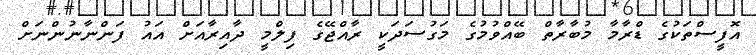
އޮފީސްތަކުގެ ޑްރާމާ މުބާރާތް ބޭއްވުމުގެ މަގުސަދަކީ ރާއްޖޭގެ ފިލްމީ ދާއިރާއަށް އައު ފަންނާނުންނަށް